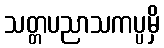
သတ္တပညာသကပ္ပမှိ